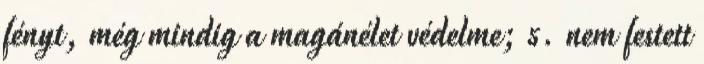
fényt, még mindig a magánélet védelme; 5. nem festett